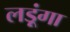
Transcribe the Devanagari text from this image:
लड़ूंगा